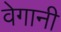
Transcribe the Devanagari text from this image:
वेगानी